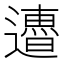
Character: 𨘜